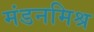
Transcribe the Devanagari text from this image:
मंडनमिश्र